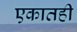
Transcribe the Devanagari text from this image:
एकातही